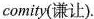
comity(谦让).